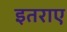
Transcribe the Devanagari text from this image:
इतराए